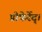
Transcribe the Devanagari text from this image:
प्रोफेर्रेद्।